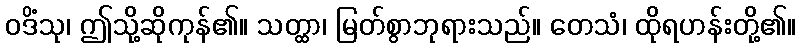
ဝဒိံသု၊ ဤသို့ဆိုကုန်၏။ သတ္ထာ၊ မြတ်စွာဘုရားသည်။ တေသံ၊ ထိုရဟန်းတို့၏။